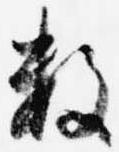
数